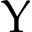
\Upsilon